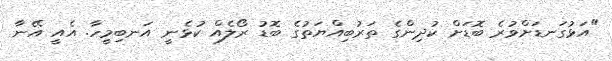
"އަޅުގަނޑަށްވުރެ ބޮޑަށް ކުދިންގެ ތަރުބިއްޔަތުގެ ބޮޑު ރޯލެއް ކުޅެނީ އަނބިމީހާ. އެއީ އޭނާ